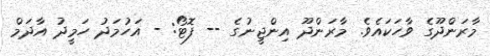
މާރަންދޫގެ ވާހަކައެވެ. މާރަންދޫ އިންޖީނުގެ -- ފޮޓޯ: - އަހުމަދު ހަމީދު އާދަމް